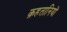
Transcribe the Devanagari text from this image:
क़हतानियों